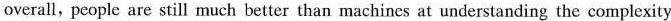
overali,people are still much better than machines at understanding the complexity